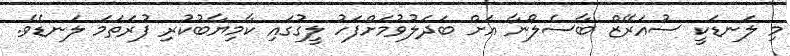
މި ލަނޑަކީ ސުއަރޭޒް ބާސެލޯނާ އަށް ބަދަލުވުމަށްފަހު ލީގުގައި ކާމިޔާބުކުރި ފުރަތަމަ ލަނޑެވެ.